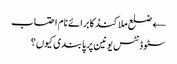
← ضلع ملاکنڈ کا برائے نام احتساب
سٹوڈنٹس یونین پر پابندی کیوں؟